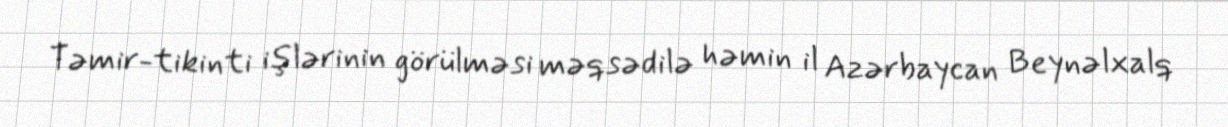
Təmir-tikinti işlərinin görülməsi məqsədilə həmin il Azərbaycan Beynəlxalq